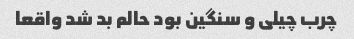
چرب چیلی و سنگین بود حالم بد شد واقعا